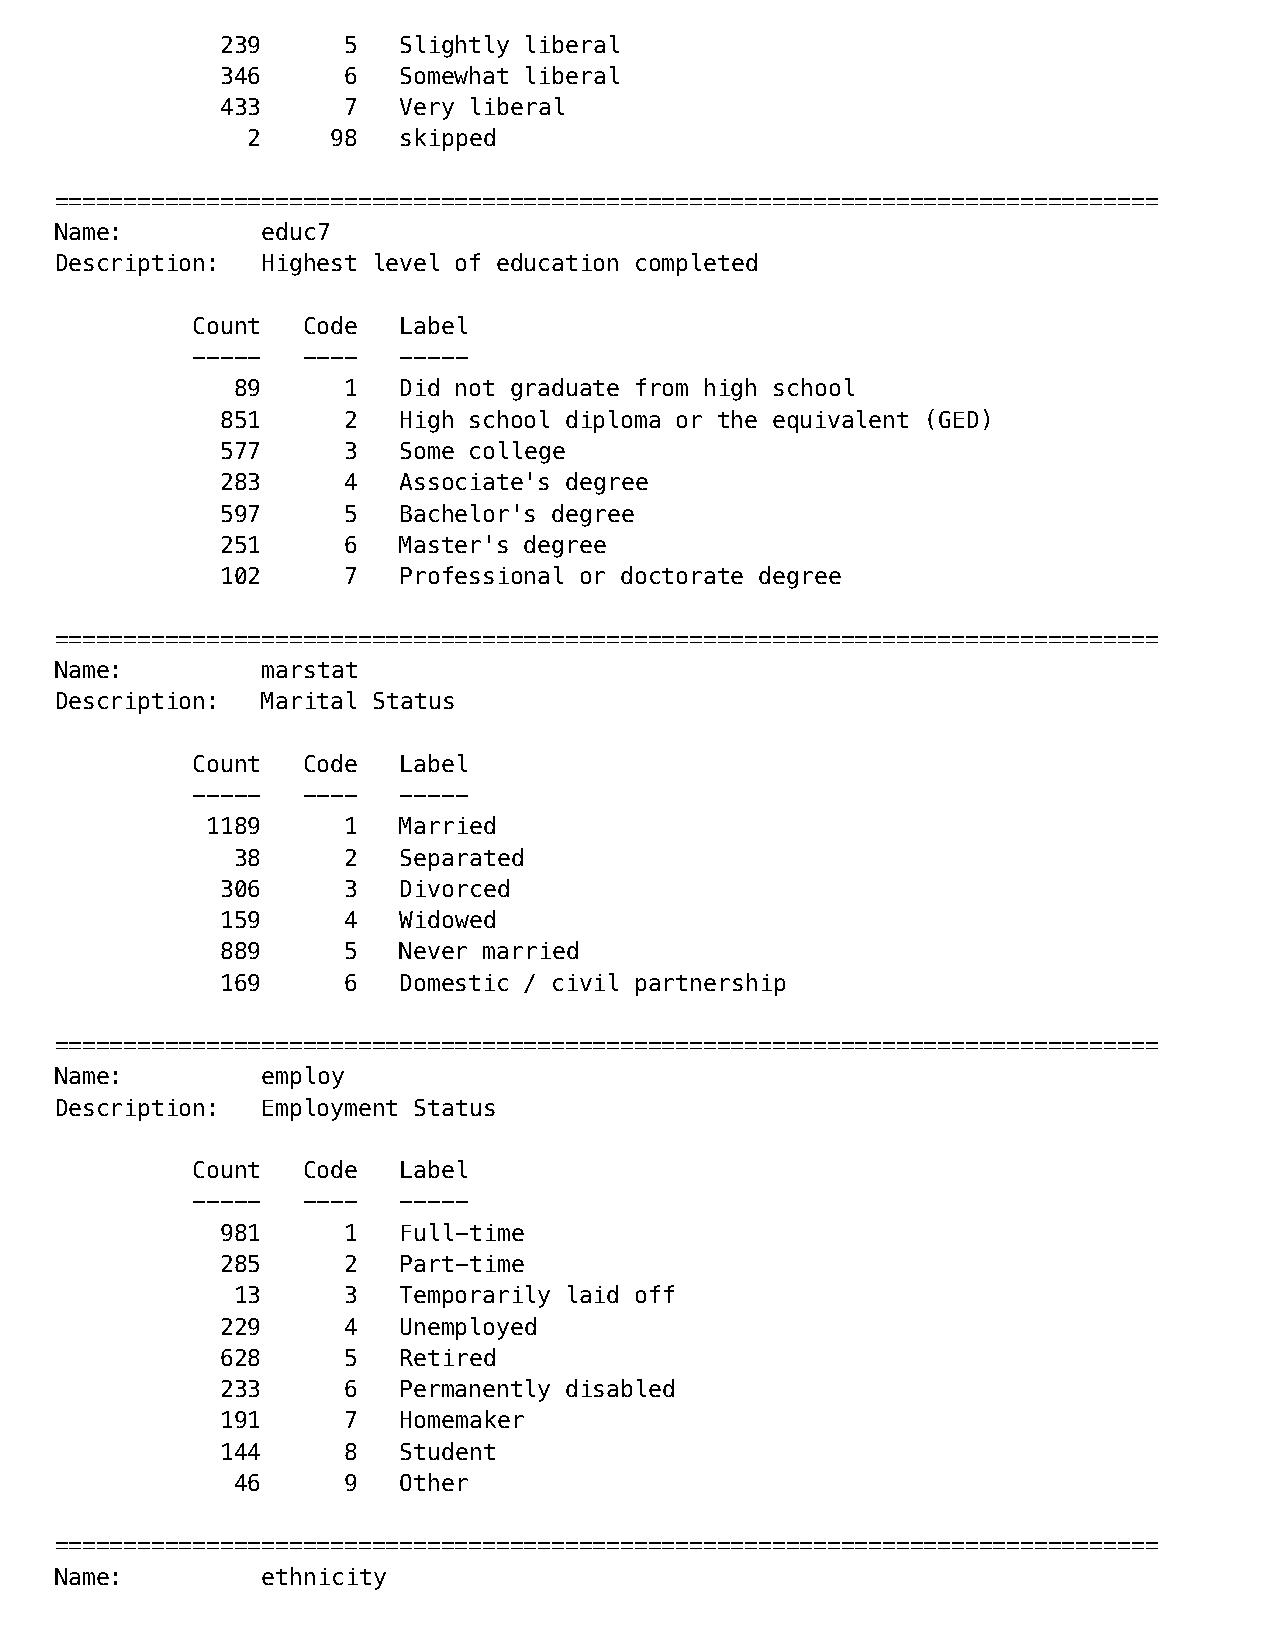
239     5  Slightly liberal
 346     6  Somewhat liberal
 433     7  Very liberal
 2     98  skipped
 ================================================================================
 Name:        educ7
 Description: Highest level of education completed
 Count  Code  Label
 -----  ----  -----
 89     1  Did not graduate from high school
 851     2  High school diploma or the equivalent (GED)
 577     3  Some college
 283     4  Associate's degree
 597     5  Bachelor's degree
 251     6  Master's degree
 102     7  Professional or doctorate degree
 ================================================================================
 Name:        marstat
 Description: Marital Status
 Count  Code  Label
 -----  ----  -----
 1189     1  Married
 38     2  Separated
 306     3  Divorced
 159     4  Widowed
 889     5  Never married
 169     6  Domestic / civil partnership
 ================================================================================
 Name:        employ
 Description: Employment Status
 Count  Code  Label
 -----  ----  -----
 981     1  Full-time
 285     2  Part-time
 13     3  Temporarily laid off
 229     4  Unemployed
 628     5  Retired
 233     6  Permanently disabled
 191     7  Homemaker
 144     8  Student
 46     9  Other
 ================================================================================
 Name:        ethnicity